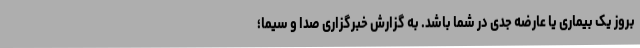
بروز یک بیماری یا عارضه جدی در شما باشد. به گزارش خبرگزاری صدا و سیما؛